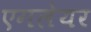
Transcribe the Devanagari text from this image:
एगलेयर